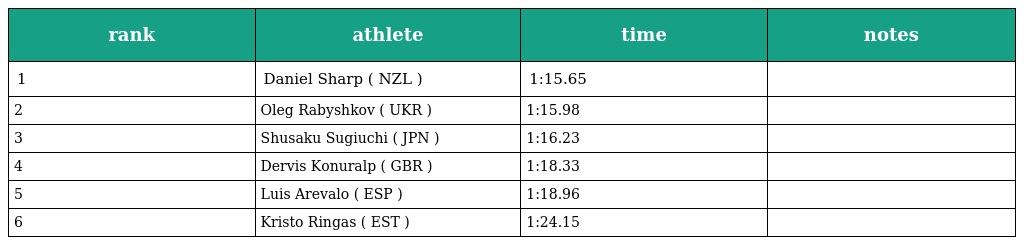
| rank | athlete | time | notes |
 | --- | --- | --- | --- |
 | 1 | Daniel Sharp ( NZL ) | 1:15.65 |  |
 | 2 | Oleg Rabyshkov ( UKR ) | 1:15.98 |  |
 | 3 | Shusaku Sugiuchi ( JPN ) | 1:16.23 |  |
 | 4 | Dervis Konuralp ( GBR ) | 1:18.33 |  |
 | 5 | Luis Arevalo ( ESP ) | 1:18.96 |  |
 | 6 | Kristo Ringas ( EST ) | 1:24.15 |  |